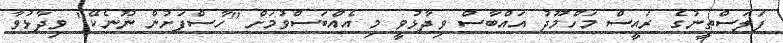
ފަލަސްތީނުގެ ރައީސް މަހްމޫދު އައްބާސް ވިދާޅުވީ މި އެއްބަސްވުމަށް "ހާސްފަށުން ނޫނެކޭ" ވިދާޅުވާ